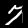
Label: 7